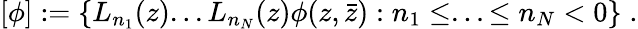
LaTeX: \lbrack\phi]:=\{ L_{n_{1}}(z)...L_{n_{N}}(z)\phi(z,\bar{z}):n_{1}\leq...\leq n_{N}<0\} \; .